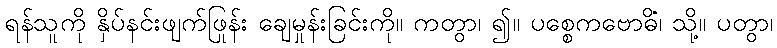
ရန်သူကို နှိပ်နင်းဖျက်ဖြုန်း ချေမှုန်းခြင်းကို။ ကတွာ၊ ၍။ ပစ္စေကဗောဓိံ၊ သို့။ ပတွာ၊